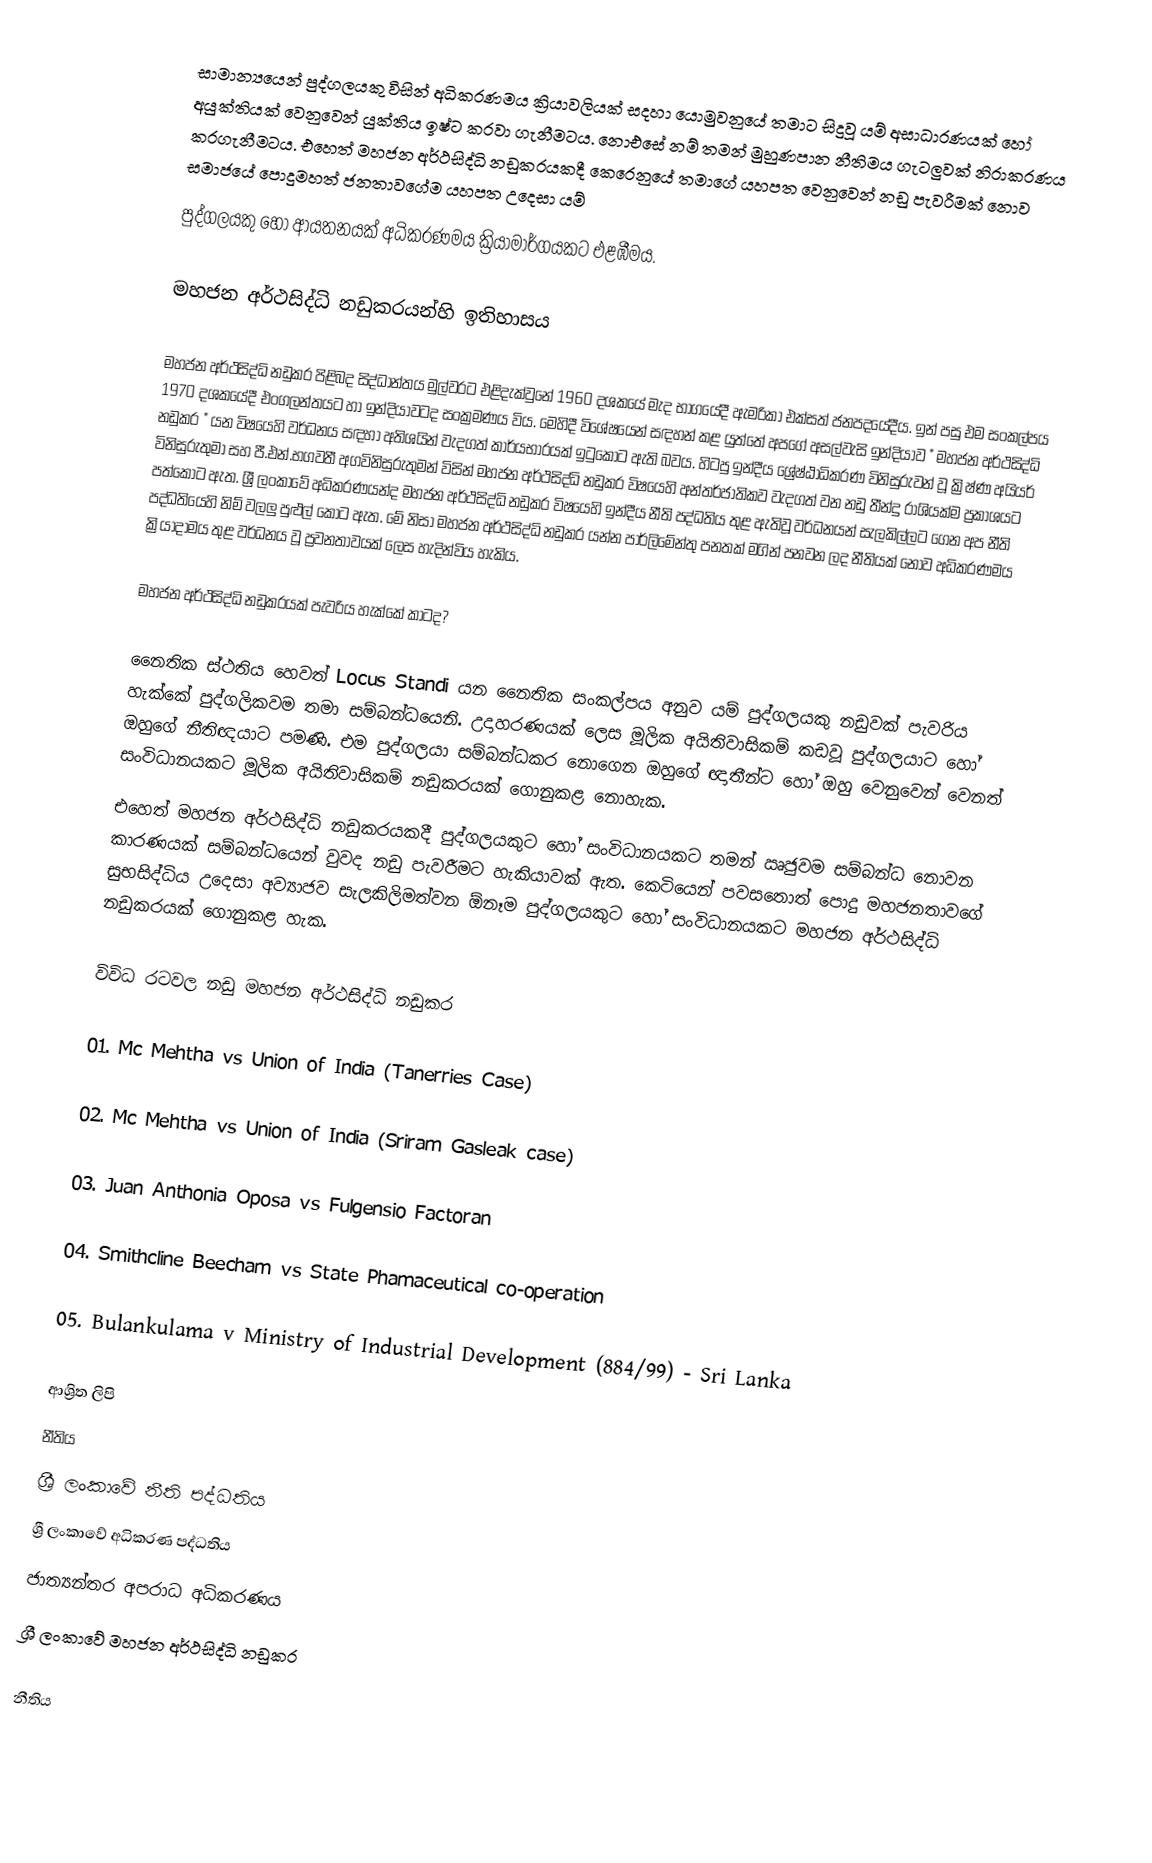
සාමාන්‍යයෙන් පුද්ගලයකු විසින් අධිකරණමය ක්‍රියාවලියක් සදහා යොමුවනුයේ තමාට සිදුවූ යම් අසාධාරණයක් හෝ අයුක්තියක් වෙනුවෙන් යුක්තිය ඉෂ්ට කරවා ගැනීමටය. නොඑසේ නම් තමන් මුහුණපාන නීතිමය ගැටලුවක් නිරාකරණය කරගැනීමටය. එහෙත් මහජන අර්ථසිද්ධි නඩුකරයකදී කෙරෙනුයේ තමාගේ යහපත වෙනුවෙන් නඩු පැවරීමක් නොව සමාජයේ පොදුමහත් ජනතාවගේම යහපත උදෙසා යම්
පුද්ගලයකු හෝ ආයතනයක් අධිකරණමය ක්‍රියාමාර්ගයකට එළඹීමය.

මහජන අර්ථසිද්ධි නඩුකරයන්හි ඉතිහාසය

මහජන අර්ථසිද්ධි නඩුකර පිළිබද සිද්ධාන්තය මුල්වරට එළිදැක්වුනේ 1960 දශකයේ මැද භාගයේදී ඇමරිකා එක්සත් ජනපදයේදීය. ඉන් පසු එම සංකල්පය 1970 දශකයේදී එංගලන්තයට හා ඉන්දියාවටද සංක්‍රමණය විය. මෙහිදී විශේෂයෙන් සඳහන් කළ යුත්තේ අපගේ අසල්වැසි ඉන්දියාව " මහජන අර්ථසිද්ධි නඩුකර " යන විෂයෙහි වර්ධනය සඳහා අතිශයින් වැදගත් කාර්යභාරයක් ඉටුකොට ඇති බවය. හිටපු ඉන්දීය ශ්‍රේෂ්ඨාධිකරණ විනිසුරුවන් වූ ක්‍රිෂ්ණ අයියර් විනිසුරුතුමා සහ පී.එන්.භගවතී අගවිනිසුරුතුමන් විසින් මහජන අර්ථසිද්ධි නඩුකර විෂයෙහි අන්තර්ජාතිකව වැදගත් වන නඩු තීන්දු රාශියක්ම ප්‍රකාශයට පත්කොට ඇත. ශ්‍රී ලංකාවේ අධිකරණයන්ද මහජන අර්ථසිද්ධි නඩුකර විෂයෙහි ඉන්දීය නීති පද්ධතිය තුළ ඇතිවූ වර්ධනයන් සැලකිල්ලට ගෙන අප නීති පද්ධතියෙහි නිම් වලලු පුළුල් කොට ඇත. මේ නිසා මහජන අර්ථසිද්ධි නඩුකර යන්න පාර්ලිමේන්තු පනතක් මගින් පනවන ලද නීතියක් නොව අධිකරණමය ක්‍රියාදාමය තුළ වර්ධනය වූ ප්‍රවනතාවයක් ලෙස හැදින්විය හැකිය.

මහජන අර්ථසිද්ධි නඩුකරයක් පැවරිය හැක්කේ කාටද?

නෛතික ස්ථතිය හෙවත් Locus Standi යන නෛතික සංකල්පය අනුව යම් පුද්ගලයකු නඩුවක් පැවරිය හැක්කේ පුද්ගලිකවම තමා සම්බන්ධයෙනි. උදාහරණයක් ලෙස මූලික අයිතිවාසිකම් කඩවූ පුද්ගලයාට හෝ ඔහුගේ නීතිඥයාට පමණි. එම පුද්ගලයා සම්බන්ධකර නොගෙන ඔහුගේ ඥාතීන්ට හෝ ඔහු වෙනුවෙන් වෙනත් සංවිධානයකට මූලික අයිතිවාසිකම් නඩුකරයක් ගොනුකළ නොහැක.
	එහෙත් මහජන අර්ථසිද්ධි නඩුකරයකදී පුද්ගලයකුට හෝ සංවිධානයකට තමන් ඍජුවම සම්බන්ධ නොවන කාරණයක් සම්බන්ධයෙන් වුවද නඩු පැවරීමට හැකියාවක් ඇත. කෙටියෙන් පවසතොත් පොදු මහජනතාවගේ සුභසිද්ධිය උදෙසා අව්‍යාජව සැලකිලිමත්වන ඕනෑම පුද්ගලයකුට හෝ සංවිධානයකට මහජන අර්ථසිද්ධි නඩුකරයක් ගොනුකළ හැක.

විවිධ රටවල නඩු මහජන අර්ථසිද්ධි නඩුකර

01. Mc Mehtha vs Union of India (Tanerries Case)

02. Mc Mehtha vs Union of India (Sriram Gasleak case)

03. Juan Anthonia Oposa vs Fulgensio Factoran

04. Smithcline Beecham vs State Phamaceutical co-operation

05. Bulankulama v Ministry of Industrial Development (884/99) - Sri Lanka

ආශ්‍රිත ලිපි
 නීතිය
 ශ්‍රී ලංකාවේ නීති පද්ධතිය
 ශ්‍රී ලංකාවේ අධිකරණ පද්ධතිය
 ජාත්‍යන්තර අපරාධ අධිකරණය
 ශ්‍රී ලංකාවේ මහජන අර්ථසිද්ධි නඩුකර

නීතිය